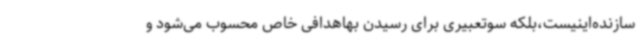
سازنده‌اینیست،بلکه سوتعبیری برای رسیدن بهاهدافی خاص محسوب می‌شود و